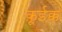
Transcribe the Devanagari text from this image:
क़ूईक्क्